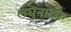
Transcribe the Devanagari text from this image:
लघुनाटक